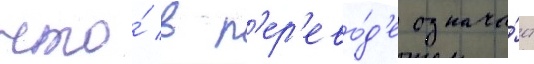
что́ в п'ер'ево́д'е означа́ет